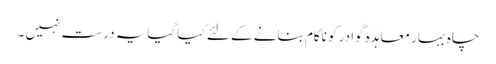
چاہ بہار معاہدہ گوادر کو ناکام بنانے کے لئے کیا گیایہ درست نہیں ۔